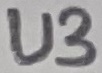
Text: U3